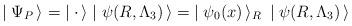
LaTeX: \begin{align*}\mid \Psi_P\, \rangle = \; \mid {\bf \cdot} \, \rangle \mid \psi(R, \Lambda_3) \, \rangle = \; \mid \psi_0(x)\, \rangle_R \: \mid \psi(R, \Lambda_3)\, \rangle \end{align*}